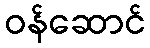
ဝန်ဆောင်